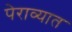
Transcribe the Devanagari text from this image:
पेराव्यात